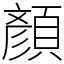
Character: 顏